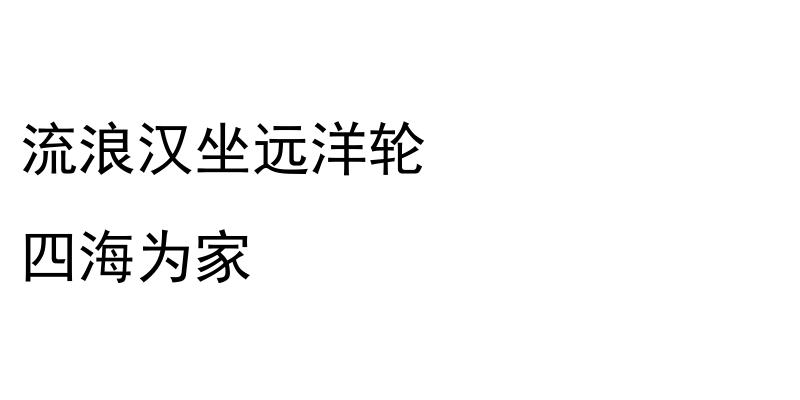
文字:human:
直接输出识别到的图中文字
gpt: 流浪汉坐远洋轮 四海为家